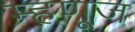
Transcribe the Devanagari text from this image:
म्हणूज